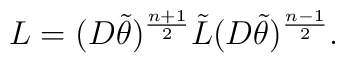
L= (D\tilde{\theta})^{\frac{n+1}{2}}\tilde{L}(D\tilde{\theta})^{\frac{n-1}{2}}.